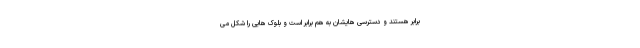
برابر هستند و دسترسی هایشان به هم برابر است و بلوک هایی را شکل می